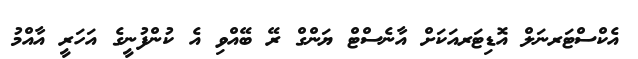
އެކްސްޓަރނަލް އޮޑިޓަރއަކަށް އާނެސްޓް ޔަންގް ރޭ ބޭއްވި އެ ކުންފުނީގެ އަހަރީ އާއްމު